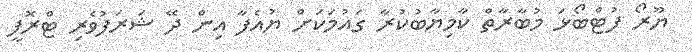
ޔޫރޯ ފުޓްބޯޅަ މުބާރާތް ކާމިޔާބުކުރާ ގައުމަކަށް ޔުއެފާ އިން ދޭ ޝަރަފުވެރި ޓްރޮފީ